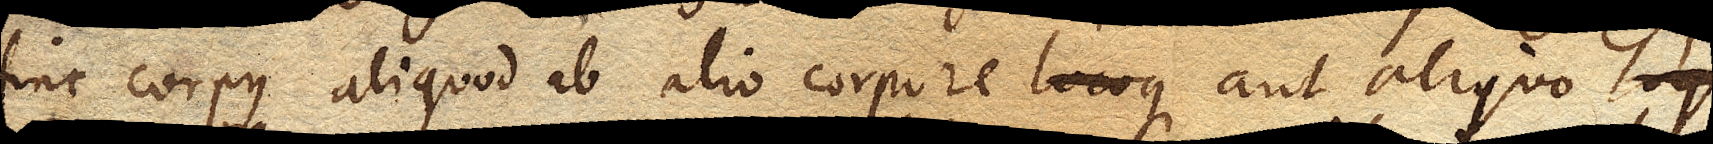
Hinc corpus aliquod ab alio copore aut aliquo